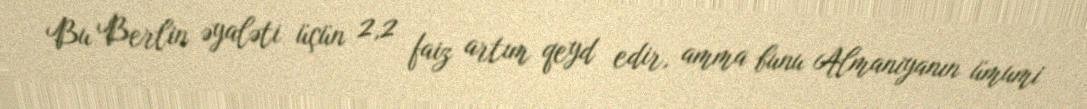
Bu Berlin əyaləti üçün 2,2 faiz artım qeyd edir, amma bunu Almaniyanın ümumi